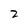
Character: 7